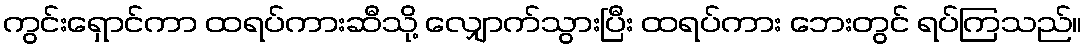
ကွင်းရှောင်ကာ ထရပ်ကားဆီသို့ လျှောက်သွားပြီး ထရပ်ကား ဘေးတွင် ရပ်ကြသည်။